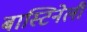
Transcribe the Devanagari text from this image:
बास्टिनेली